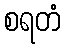
စရတံ